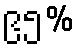
၉၅%